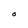
Character: o